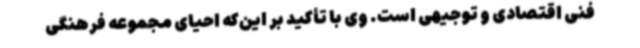
فنی اقتصادی و توجیهی است. وی با تأکید بر این‌که احیای مجموعه فرهنگی